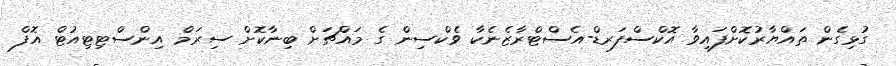
ގުޅިގެން ތައްޔާރުކޮށްފައިވާ އޮކްސްފަރޑް-އެސްޓްރާޒެނެކާ ވެކްސިން ގެ މައްޗަށް ބިނާކޮށް ސިރަމް އިންސްޓިޓިއުޓް އޮފް